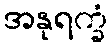
အနုရက္ခံ